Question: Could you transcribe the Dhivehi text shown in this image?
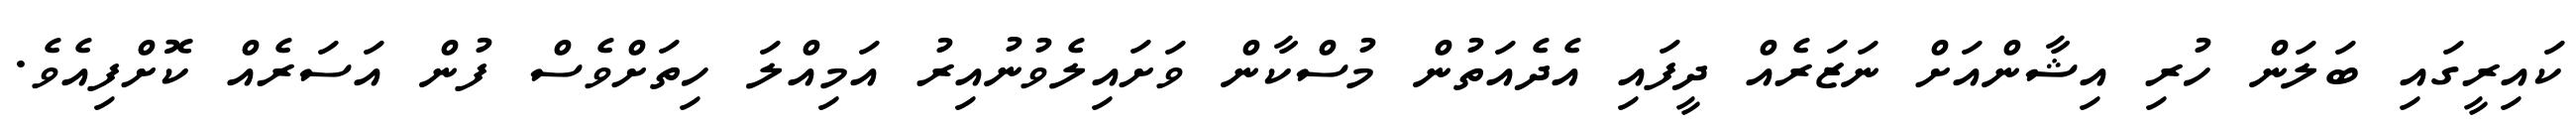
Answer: ކައިރީގައި ބަލަން ހުރި އިޝާންއަށް ނަޒަރެއް ދީފައި އެދެއަތުން މުސްކާން ވަށައިލެވުނުއިރު އަމިއްލަ ހިތަށްވެސް ފުން އަސަރެއް ކޮށްފިއެވެ.